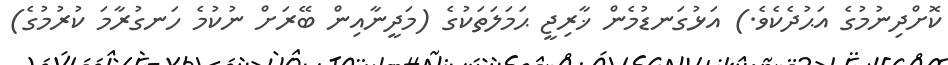
ކޮށްދިނުމުގެ އަޙުދެކެވެ.) އަޅުގަނޑުމެން ޚާރިޖީ ޙަމަލަތަކުގެ (މަދީނާއިން ބޭރަށް ނުކުމެ ހަނގުރާމަ ކުރުމުގެ)